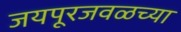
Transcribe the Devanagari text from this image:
जयपूरजवळच्या